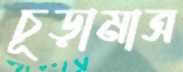
চূড়ামাত্র